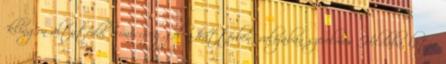
"klingon altatódal cumisüveggel a háttérben" valójában szerelmes Hildába, látja